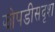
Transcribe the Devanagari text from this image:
झोपडीसदृश